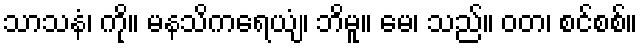
သာသနံ၊ ကို။ မနသိကရေယျံ၊ ဘိမူ။ မေ၊ သည်။ ဝတ၊ စင်စစ်။